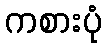
ကစားပုံ